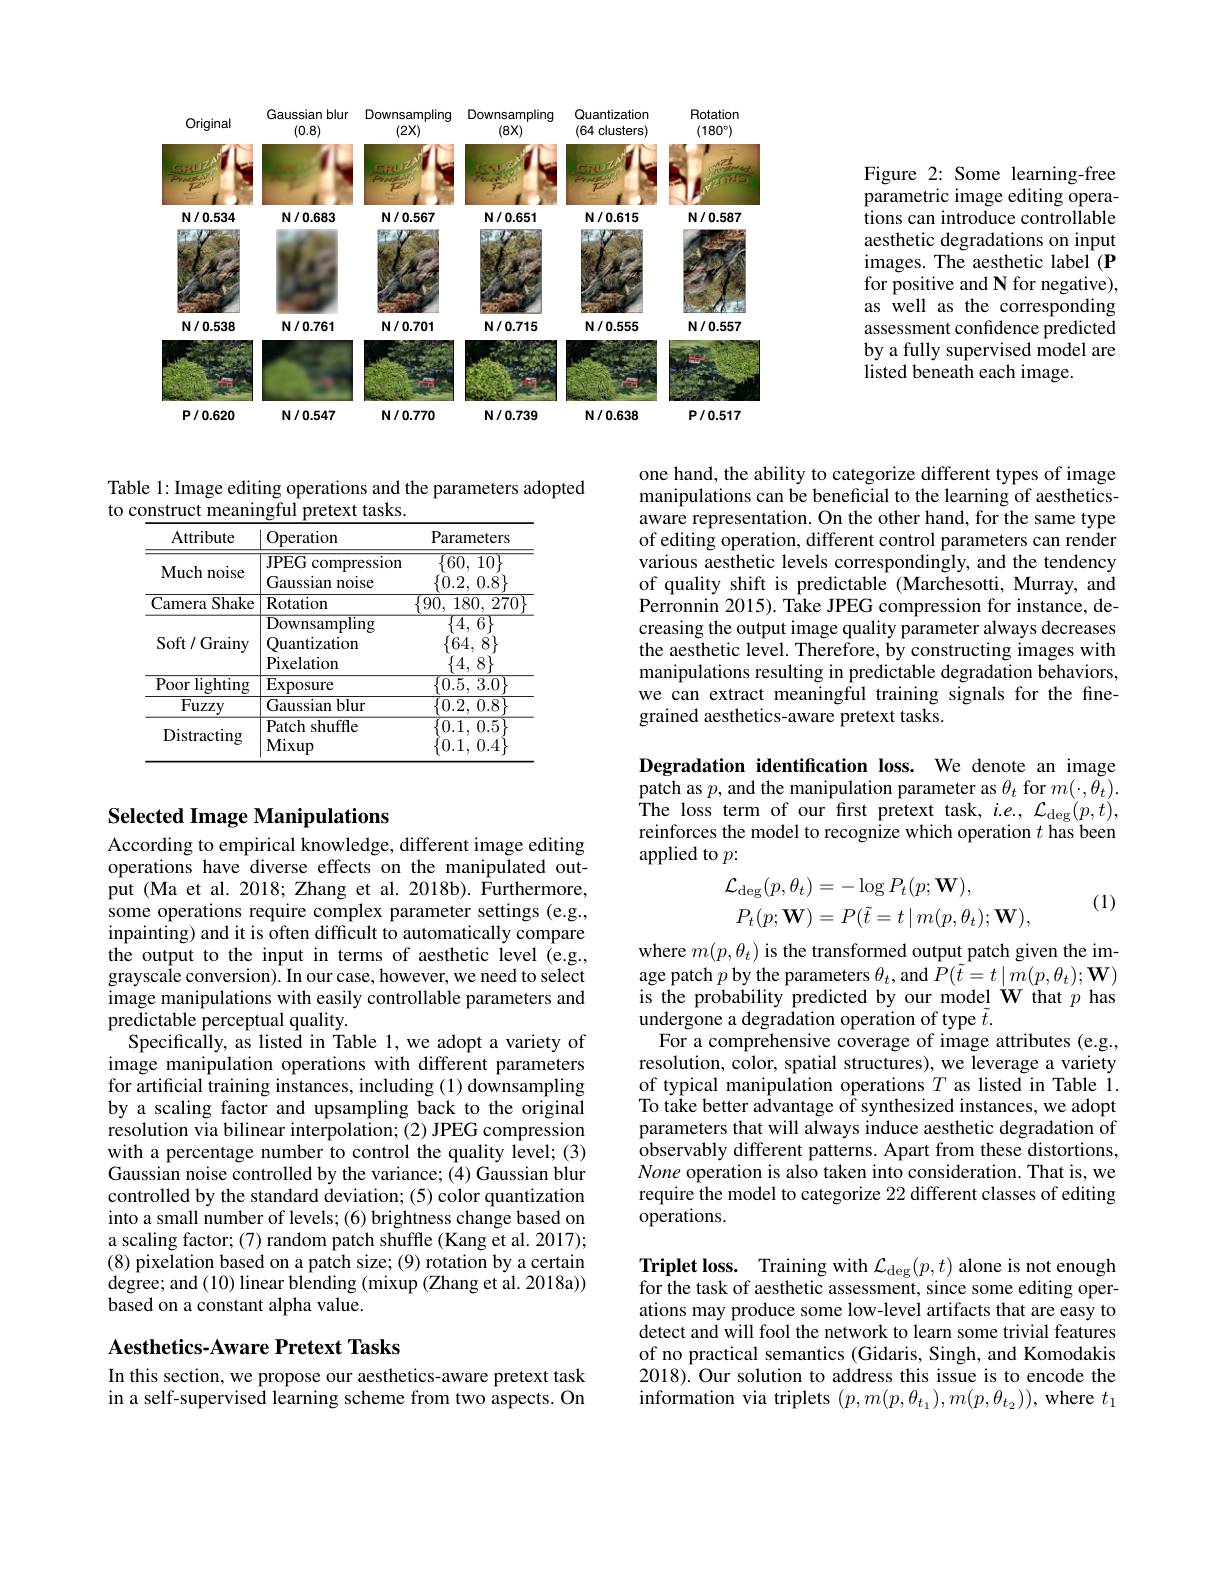
Rotation

Quantization

Gaussian blur Downsampling Downsampling

Original

(0.8)
$(2X)$
$(8X)$
(64 clusters)
$(180^\circ)$
<FigureHere>
$\mathbb{N}/0.534$
$N/0.683$
$N/0.567$
$N/0.651$
$N/0.615$
$N/0.587$

<FigureHere>
$\mathbb{N}/0.538$
$N/0.761$
$N/0.701$
$N/0.715$
$N/0.555$
$N/0.557$

<FigureHere>

MI
$N/0.770$
$N/0.739$
$N/0.638$
$P/0.517$

$P/0.620$

$\mathbb{N}/0.547$

Figure 2: Some learning-free parametric image editing operations can introduce controllable aesthetic degradations on input images. The aesthetic label (P for positive and N for negative), as well as the corresponding assessment confidence predicted by a fully supervised model are listed beneath each image.

Table 1: Image editing operations and the parameters adopted
to construct meaningful pretext tasks.

<table>
	<tbody>
		<tr>
			<th>Attribute</th>
			<th>Operation</th>
			<th>Parameters</th>
		</tr>
		<tr>
			<td>Much noise</td>
			<td>JPEG compression T Gaussian noise</td>
			<td>$\overline{{\{60,\:10\}}}$ $\{ 0. 2$, $0. 8\}$</td>
		</tr>
		<tr>
			<td>Camera Shake</td>
			<td>Rotation</td>
			<td>$\overline{\{90,\:180,\:270}$</td>
		</tr>
		<tr>
			<td>Soft / Grainy</td>
			<td>$\overline{{\mathrm{Downsampling}}}$ Ouantization Pixelatiom</td>
			<td>$\overline{\{4,\:6\}}$ $\{ 64$, $8\}$ $\angle1$ N</td>
		</tr>
		<tr>
			<td>Poor lighting</td>
			<td>$r1xcldu0ll$ Exposure</td>
			<td>$\{4,0\}$ $\{0.5,3.0\}$</td>
		</tr>
		<tr>
			<td>Fuzzy</td>
			<td>Gaussian $1blur$</td>
			<td>$\{ 0. 2$, $0. 8\}$</td>
		</tr>
		<tr>
			<td>Distracting</td>
			<td>Patch shuffle Mixup</td>
			<td>0.1, $0. 5\}$ 0.1, 0.4</td>
		</tr>
	</tbody>
</table>

## Selected Image Manipulations According to empirical knowledge, different image editing

operations have diverse effects on the manipulated output (Ma et al. 2018; Zhang et al. 2018b). Furthermore, some operations require complex parameter settings (e.g., inpainting) and it is often difficult to automatically compare the output to the input in terms of aesthetic level (e.g., grayscale conversion).In our case, however, we need to select image manipulations with easily controllable parameters and predictable perceptual quality.
Specifically, as listed in Table 1, we adopt a variety of image manipulation operations with different parameters for artificial training instances, including (1) downsampling by a scaling factor and upsampling back to the original resolution via bilinear interpolation; (2) JPEG compression with a percentage number to control the quality level; (3) Gaussian noise controlled by the variance; (4) Gaussian blur controlled by the standard deviation; (5) color quantization into a small number of levels; (6) brightness change based on a scaling factor; (7) random patch shuffle (Kang et al. 2017); (8) pixelation based on a patch size; (9) rotation by a certain degree; and ( 10) linear blending ( mixup ( Zhang et al. 2018a) ) based on a constant alpha value.

## Aesthetics-Aware Pretext Tasks

In this section, we propose our aesthetics-aware pretext task in a self-supervised learning scheme from two aspects. On

one hand, the ability to categorize different types of image manipulations can be beneficial to the learning of aestheticsaware representation. On the other hand, for the same type of editing operation, different control parameters can render various aesthetic levels correspondingly, and the tendency of quality shift is predictable (Marchesotti, Murray, and Perronnin 2015). Take JPEG compression for instance, decreasing the output image quality parameter always decreases the aesthetic level. Therefore, by constructing images with manipulations resulting in predictable degradation behaviors, we can extract meaningful training signals for the finegrained aesthetics-aware pretext tasks.

Degradation identification loss. We denote an image patch as $p$, and the manipulation parameter as $\theta_t$ for $m(\cdot,\theta_t).$ The loss term of our first pretext task, i. e. , $\mathcal{L} _{\mathrm{deg}}( p, t) $, reinforces the model to recognize which operation $t$ has been applied to $p:$
$$\begin{aligned}\mathcal{L}_{\mathrm{deg}}(p,\theta_{t})&=-\log P_{t}(p;\mathbf{W}),\\P_{t}(p;\mathbf{W})&=P(\tilde{t}=t\mid m(p,\theta_{t});\mathbf{W}),\end{aligned}$$
(1)

where $m(p,\theta_t)$ is the transformed output patch given the image patch $p$ by the parameters $\theta_t$, and $\bar{P}(\tilde{t}=t\mid m(p,\theta_{t});\mathbf{W})$ is the probability predicted by our model W that $p$ has undergone a degradation operation of type $\tilde{t}.$
For a comprehensive coverage of image attributes (e.g., resolution, color, spatial structures), we leverage a variety of typical manipulation operations $T$ as listed in Table i. To take better advantage of synthesized instances, we adopt parameters that will always induce aesthetic degradation of observably different patterns. Apart from these distortions, None operation is also taken into consideration. That is, we require the model to categorize 22 different classes of editing $\bar{\mathrm{operations.}}$

Triplet loss. Training with $\mathcal{L}_\mathrm{deg}(p,t)$ alone is not enough for the task of aesthetic assessment, since some editing operations may produce some low-level artifacts that are easy to detect and will fool the network to learn some trivial features of no practical semantics (Gidaris, Singh, and Komodakis 2018). Our solution to address this issue is to encode the information via triplets $(p,m(p,\theta_{t_1}),m(p,\theta_{t_2}))$, where $t_1$